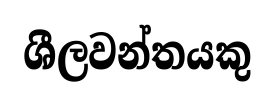
ශීලවන්තයකු